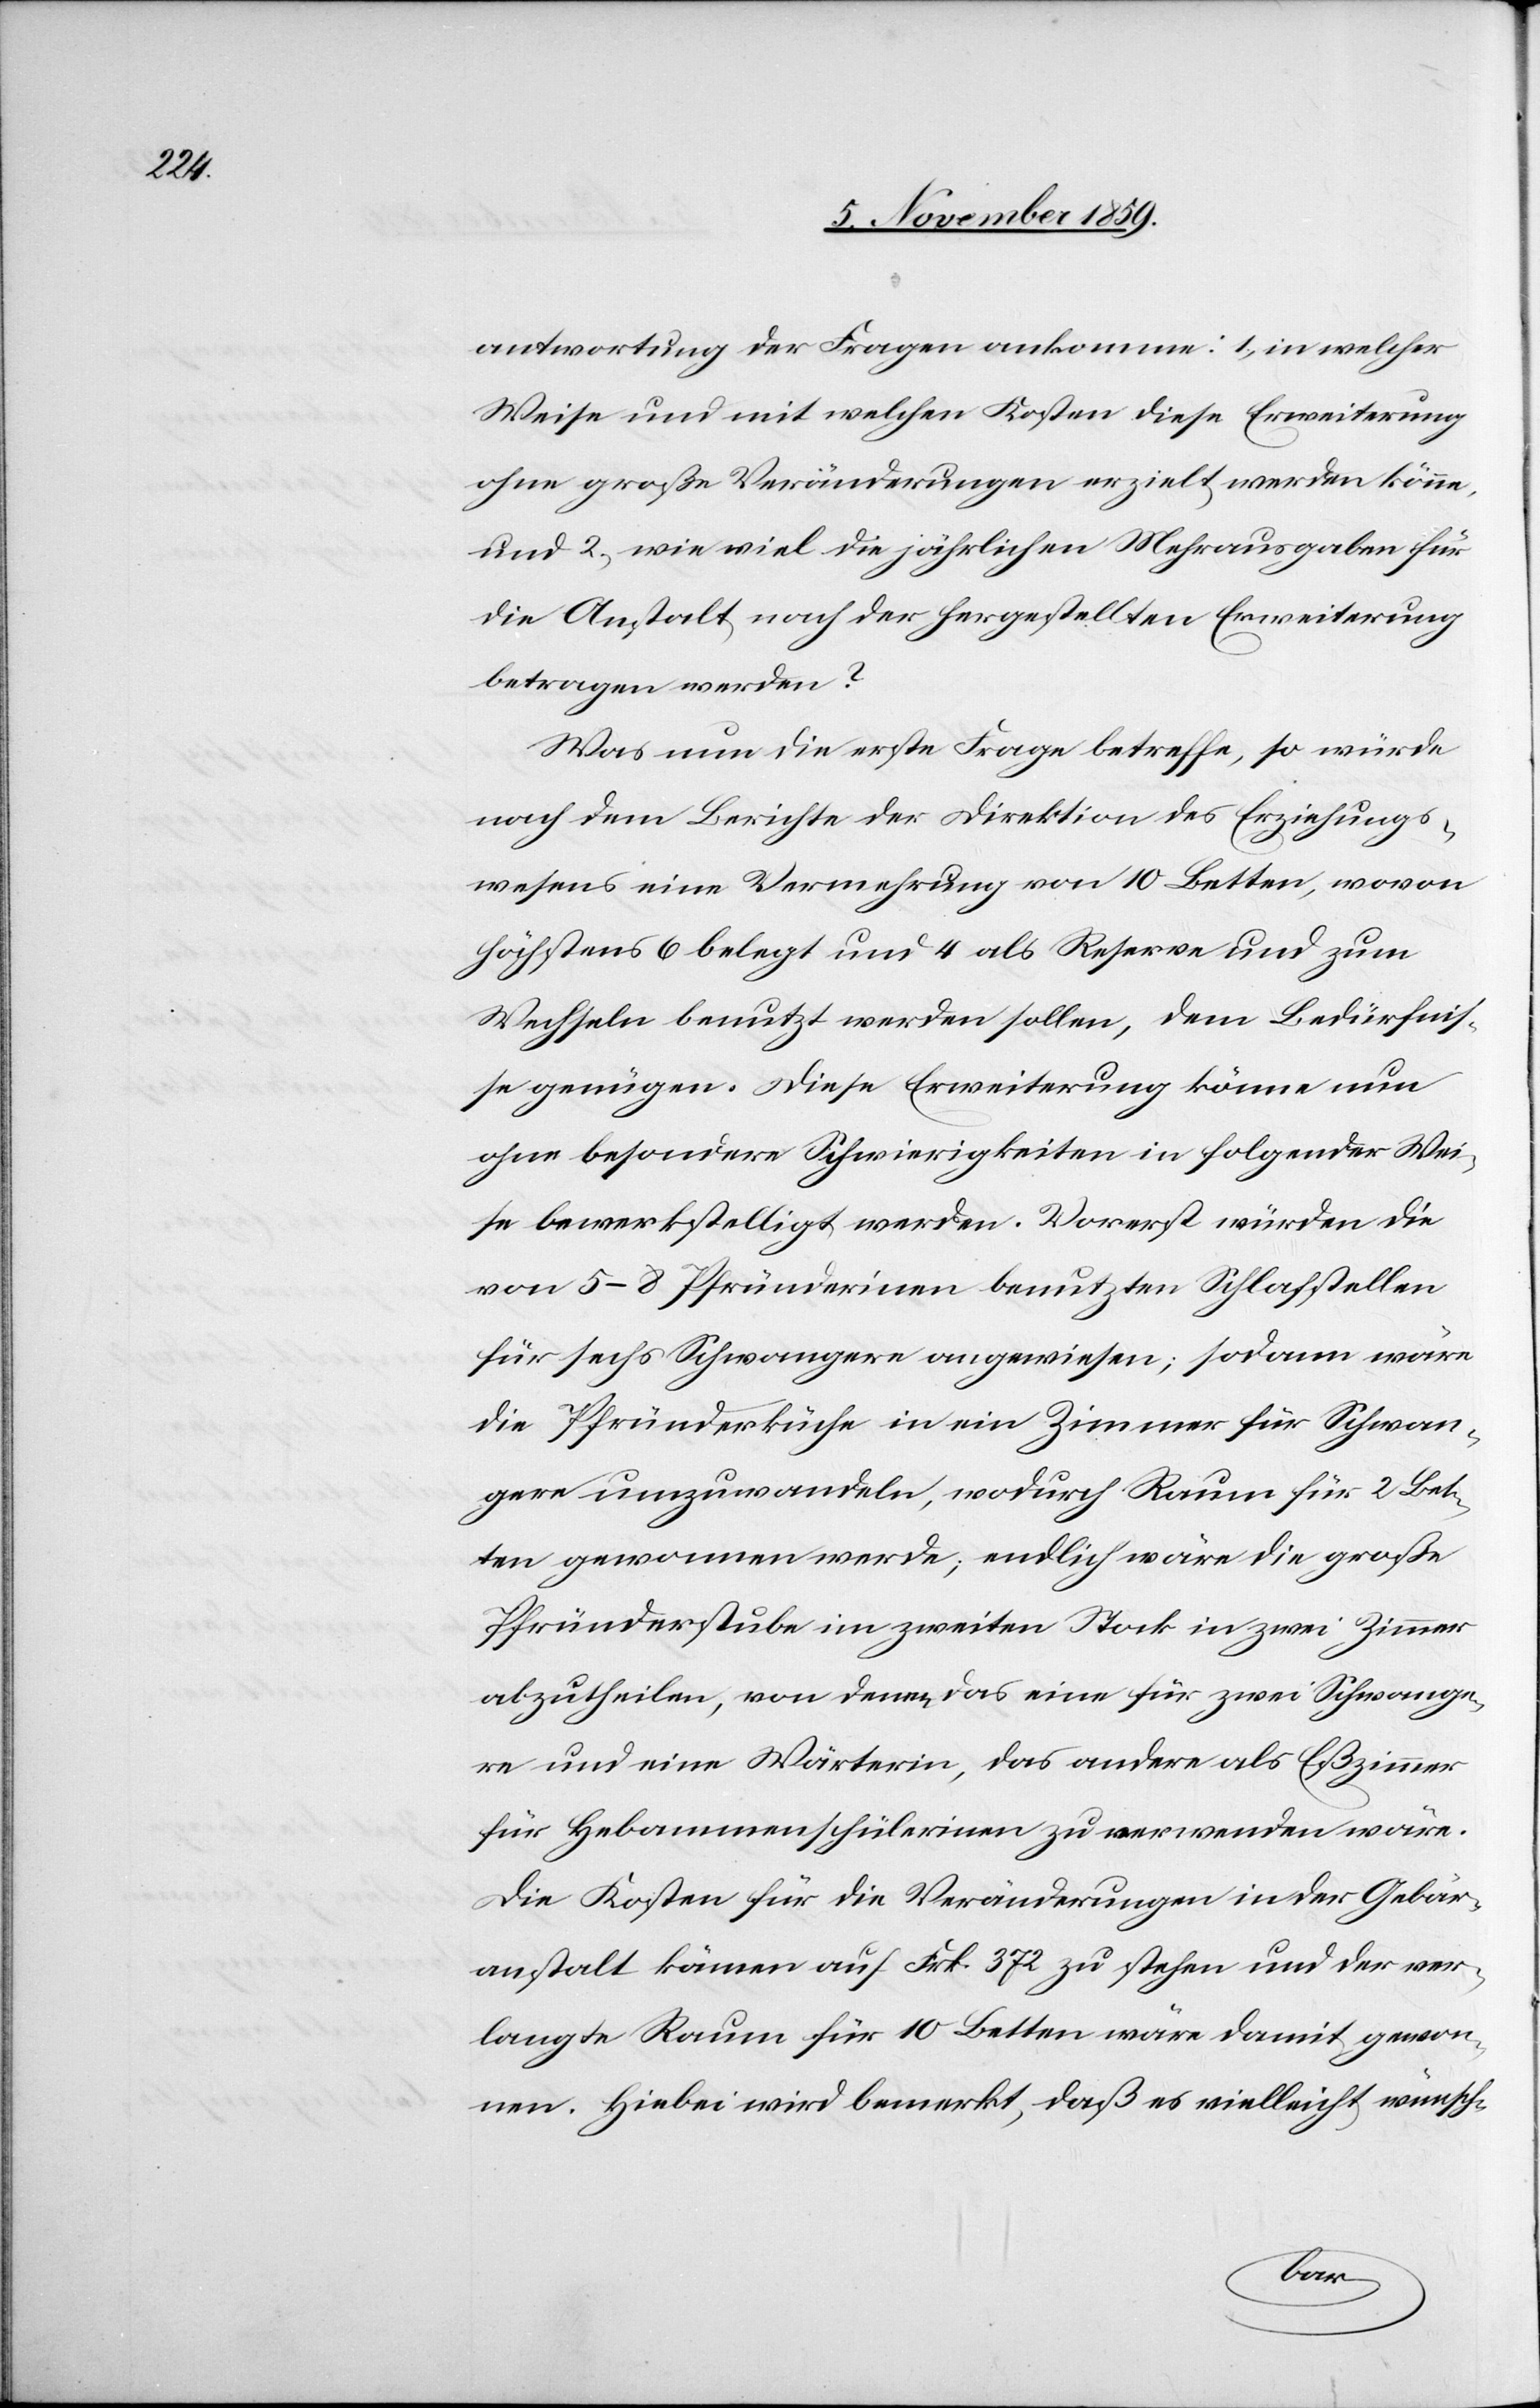
antwortung der Fragen ankomme: 1, in welcher
Weise und mit welchen Kosten diese Erweiterung
ohne große Veränderungen erzielt werden könne,
und 2, wie viel die jährlichen Mehrausgaben für
die Anstalt nach der hergestellten Erweiterung
betragen werden?
Was nun die erste Frage betreffe, so würde
nach dem Berichte der Direktion des Erziehungs¬
wesens eine Vermehrung von 10 Betten, wovon
höchstens 6 belegt und 4 als Reserve und zum
Wechseln benutzt werden sollen, den Bedürfnis¬
sen genügen. Diese Erweiterung könne nun
ohne besondere Schwierigkeiten in folgender Wei¬
se bewerkstelligt werden. Vorerst würden die
von 5–8 Pfründerinen [sic!] benutzten Schlafstellen
für sechs Schwangere angewiesen; sodann wäre
die Pfründerküche in ein Zimmer für Schwan¬
gere umzuwandeln, wodurch Raum für 2 Bet¬
ten gewonnen werde; endlich wäre die große
Pfründerstube im zweiten Stock in zwei Zimmer
abzutheilen, von denen das eine für zwei Schwange¬
re und eine Wärterin, das andere als Eßzimmer
für Hebammenschülerinen zu verwenden wäre.
Die Kosten für die Veränderungen in der Gebär¬
anstalt kämen auf Frk. 372 zu stehen und der ver¬
langte Raum für 10 Betten wäre damit gewon¬
nen. Hiebei wird bemerkt, daß es vielleicht wünsch-